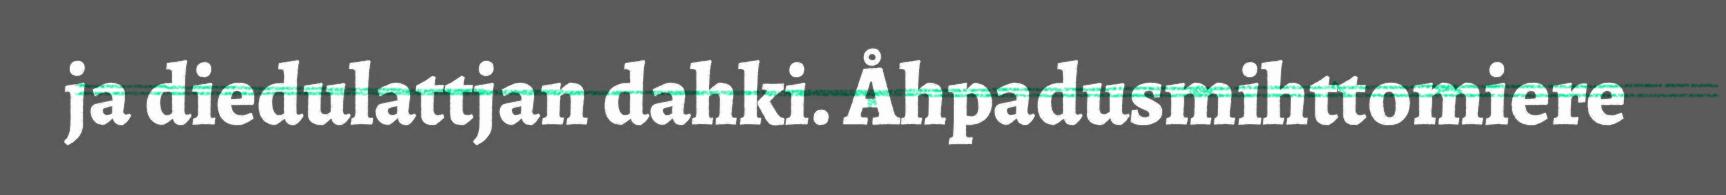
ja diedulattjan dahki. Åhpadusmihttomiere